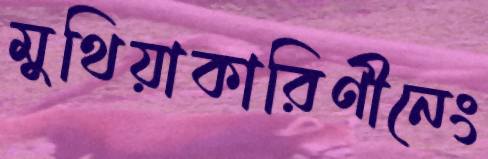
মুথিয়াকারিণীনেং